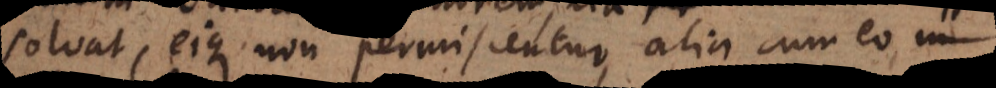
solvat, eique non permiscentur, alia cum eo i